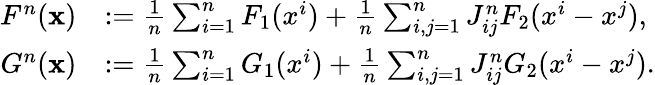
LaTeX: \begin{array}{rl}{F^{n}(\mathbf{x})}&{:=\frac{1}{n}\sum_{i=1}^{n}F_{1}(x^{i})+\frac{1}{n}\sum_{i,j=1}^{n}J_{ij}^{n}F_{2}(x^{i}-x^{j}),}\\ {G^{n}(\mathbf{x})}&{:=\frac{1}{n}\sum_{i=1}^{n}G_{1}(x^{i})+\frac{1}{n}\sum_{i,j=1}^{n}J_{ij}^{n}G_{2}(x^{i}-x^{j}).}\end{array}